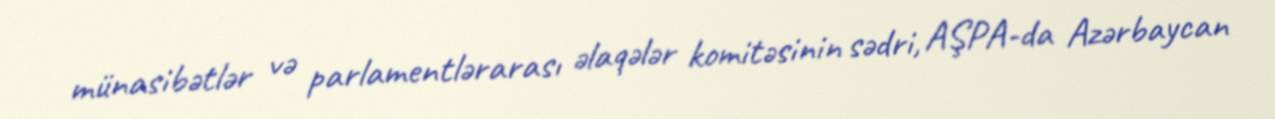
münasibətlər və parlamentlərarası əlaqələr komitəsinin sədri, AŞPA-da Azərbaycan